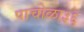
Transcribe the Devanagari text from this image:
पाचोळा३६